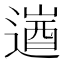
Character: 𮞹